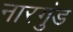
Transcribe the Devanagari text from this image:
नारगुंड